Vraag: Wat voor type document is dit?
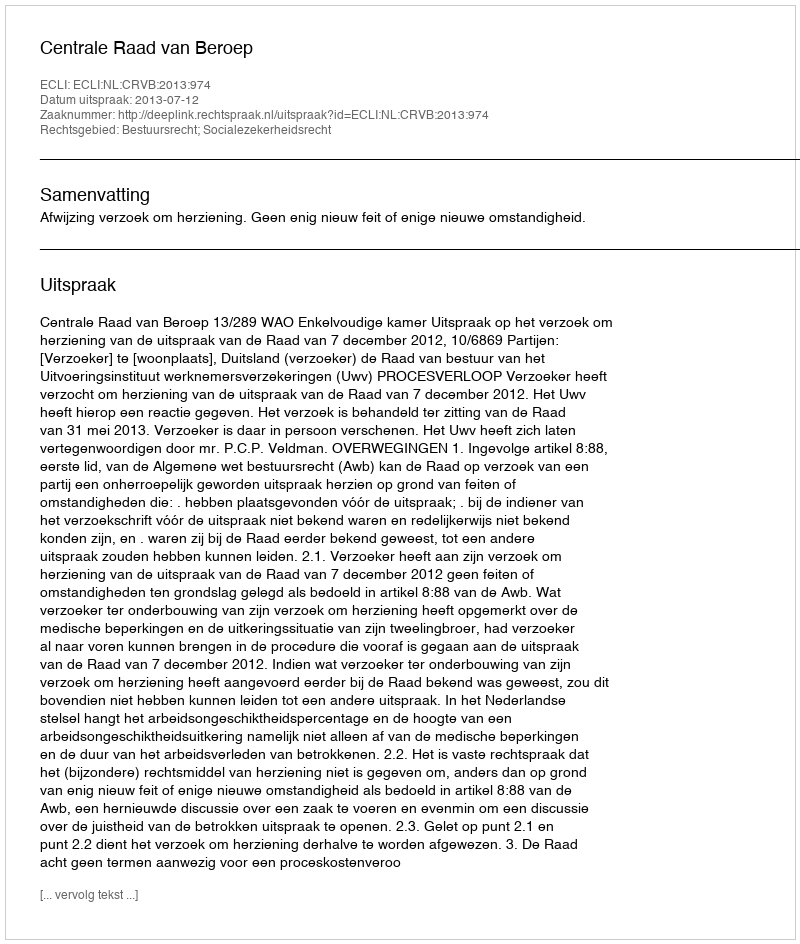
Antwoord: Uitspraak